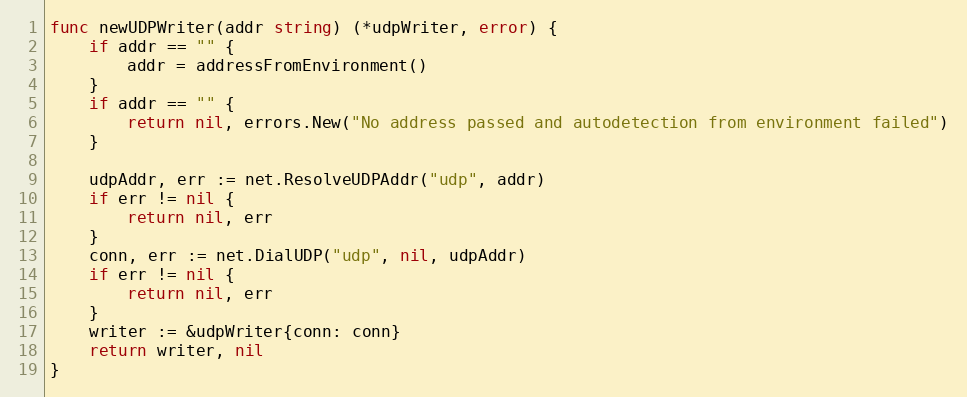
Language: Go
func newUDPWriter(addr string) (*udpWriter, error) {
	if addr == "" {
		addr = addressFromEnvironment()
	}
	if addr == "" {
		return nil, errors.New("No address passed and autodetection from environment failed")
	}

	udpAddr, err := net.ResolveUDPAddr("udp", addr)
	if err != nil {
		return nil, err
	}
	conn, err := net.DialUDP("udp", nil, udpAddr)
	if err != nil {
		return nil, err
	}
	writer := &udpWriter{conn: conn}
	return writer, nil
}